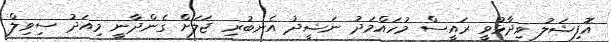
އޮފިޝަލު ވިދާޅުވީ ރައީސް މުހައްމަދު ނަޝީދު އެނބުރި ޖަލަށް ގެންދާނީ މިއަދު ސިވިލް